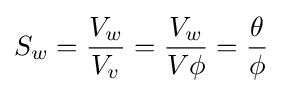
S_{w}={\frac {V_{w}}{V_{v}}}={\frac {V_{w}}{V\phi }}={\frac {\theta }{\phi }}